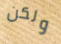
ولكن